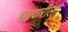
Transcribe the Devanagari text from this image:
झरदारीला